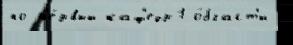
по п'е́рвый каф'едр1 о́бласт'и